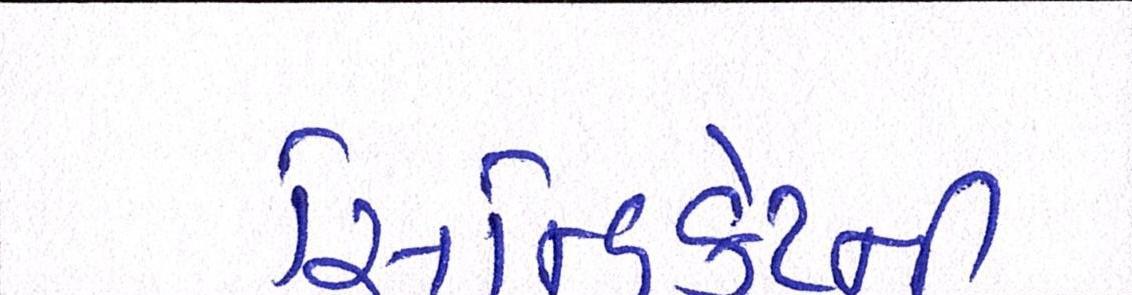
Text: સિન્ડિકેટની